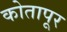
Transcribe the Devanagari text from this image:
कोतापूर